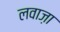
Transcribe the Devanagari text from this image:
लवाज़ा